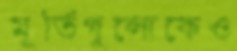
মূর্তিগুলোকেও